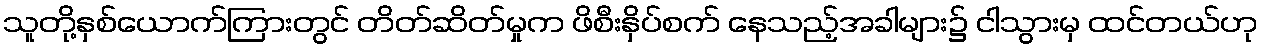
သူတို့နှစ်ယောက်ကြားတွင် တိတ်ဆိတ်မှုက ဖိစီးနှိပ်စက် နေသည့်အခါများ၌ ငါသွားမှ ထင်တယ်ဟု